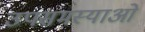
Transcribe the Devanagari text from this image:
उपसमस्याओं